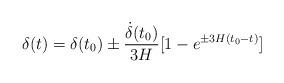
LaTeX: \begin{align*}\delta(t)=\delta(t_0)\pm\frac{\dot{\delta}(t_0)}{3H}[1-e^{\pm3H(t_0-t)}]\end{align*}